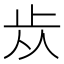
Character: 𣥐